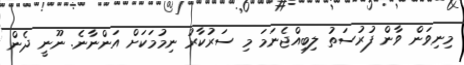
މިނިވަން ވާން ފުރުސަތު ލިބިއްޖެނަމަ މި ސަރުކާރު ނިމުމަކަށް އަންނާނެ. ނޫނީ ދެން